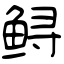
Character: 鲟